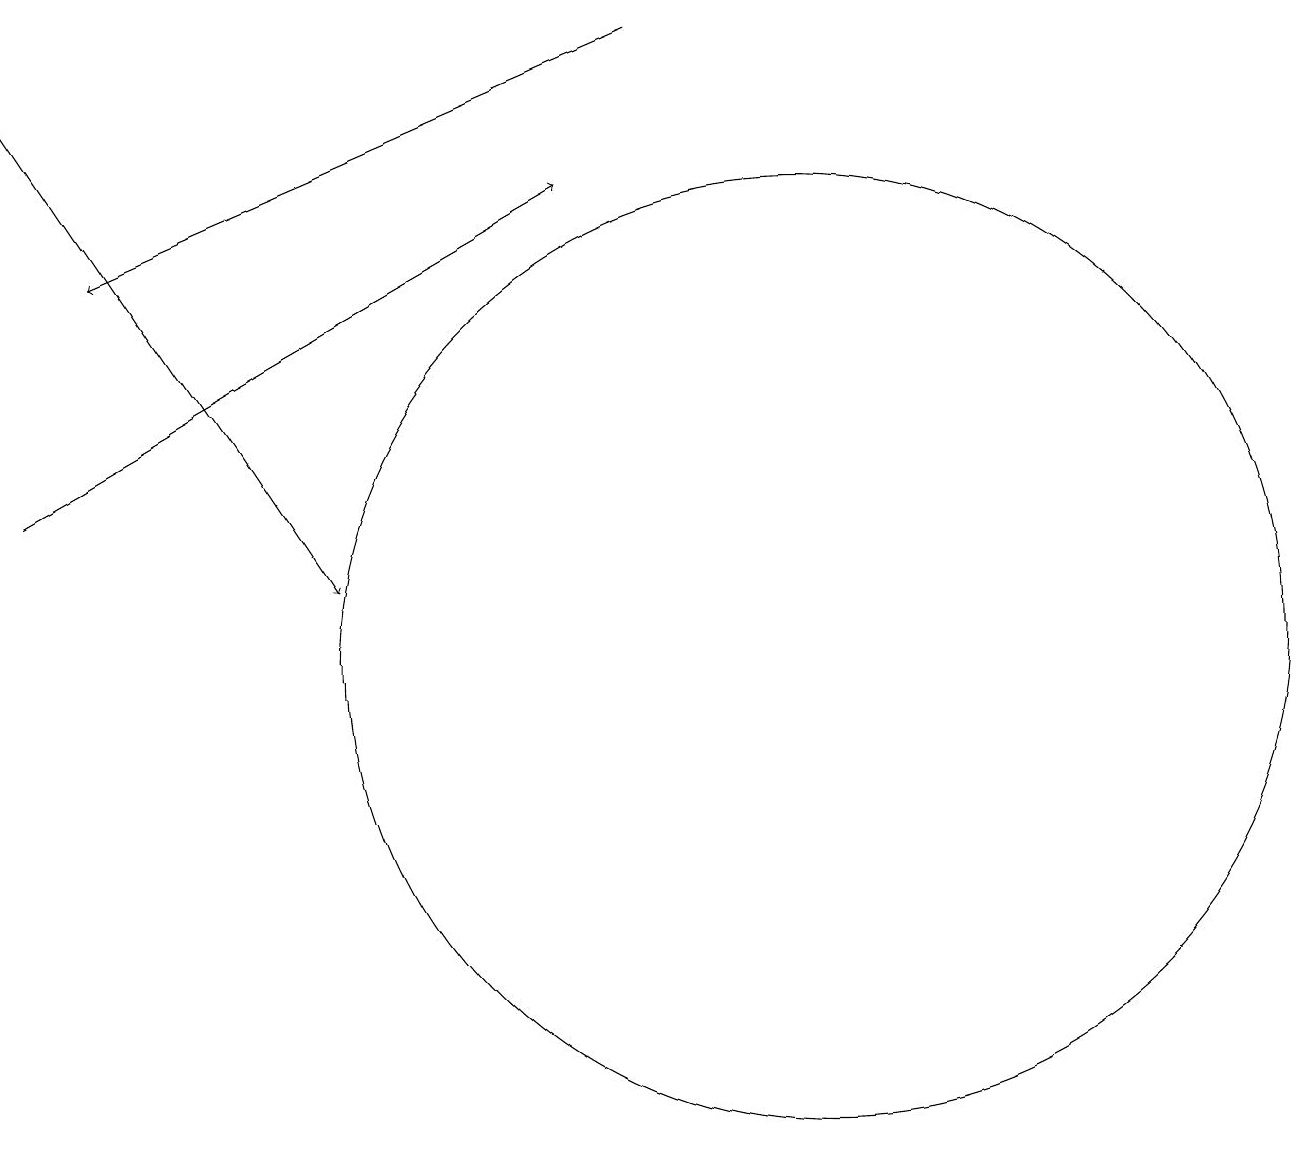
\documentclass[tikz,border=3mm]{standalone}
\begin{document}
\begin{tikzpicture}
\draw[->] (0,18) -- (4,12);
\draw (10,11) circle (6);
\draw[->] (0,13) -- (7,17);
\draw[->] (8,19) -- (1,16);
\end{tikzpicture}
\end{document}